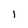
Character: l